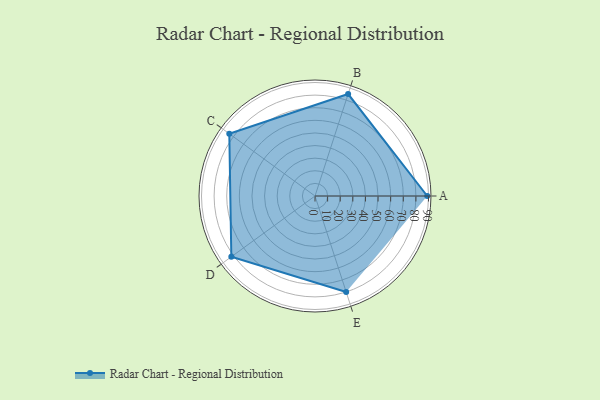
{"axis": {"x": "Skill", "y": "Score"}, "legend": ["Profile"], "data": [{"x": "A", "y": 89.0, "type": "Profile"}, {"x": "B", "y": 85.0, "type": "Profile"}, {"x": "C", "y": 84.0, "type": "Profile"}, {"x": "D", "y": 82.0, "type": "Profile"}, {"x": "E", "y": 80.0, "type": "Profile"}]}